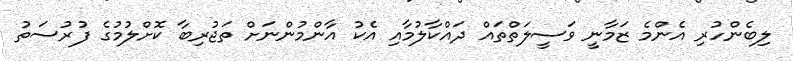
ލިބެންހުރި އެންމެ ޒަމާނީ ވަސީލަތްތައް ދައްކާލުމާއި އެކު އާންމުންނަށް ތަޖުރިބާ ކޮށްލުމުގެ ފުރުސަތު